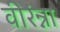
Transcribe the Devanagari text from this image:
वीरंन्ना